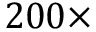
2 0 0 \times